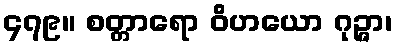
၄၇၉။ စတ္တာရော ဝိဟယော ဂုဉ္ဇာ၊